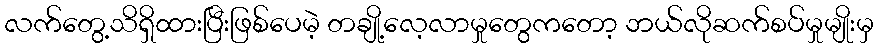
လက်တွေ့သိရှိထားပြီးဖြစ်ပေမဲ့ တချို့လေ့လာမှုတွေကတော့ ဘယ်လိုဆက်စပ်မှုမျိုးမှ